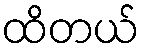
ထိတယ်